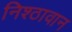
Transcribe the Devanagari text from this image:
निश्ठावान